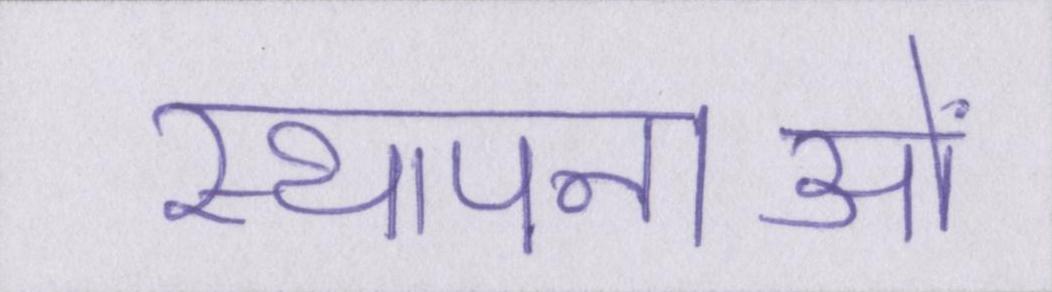
स्थापनाओं